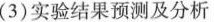
(3)实验结果预测及分析